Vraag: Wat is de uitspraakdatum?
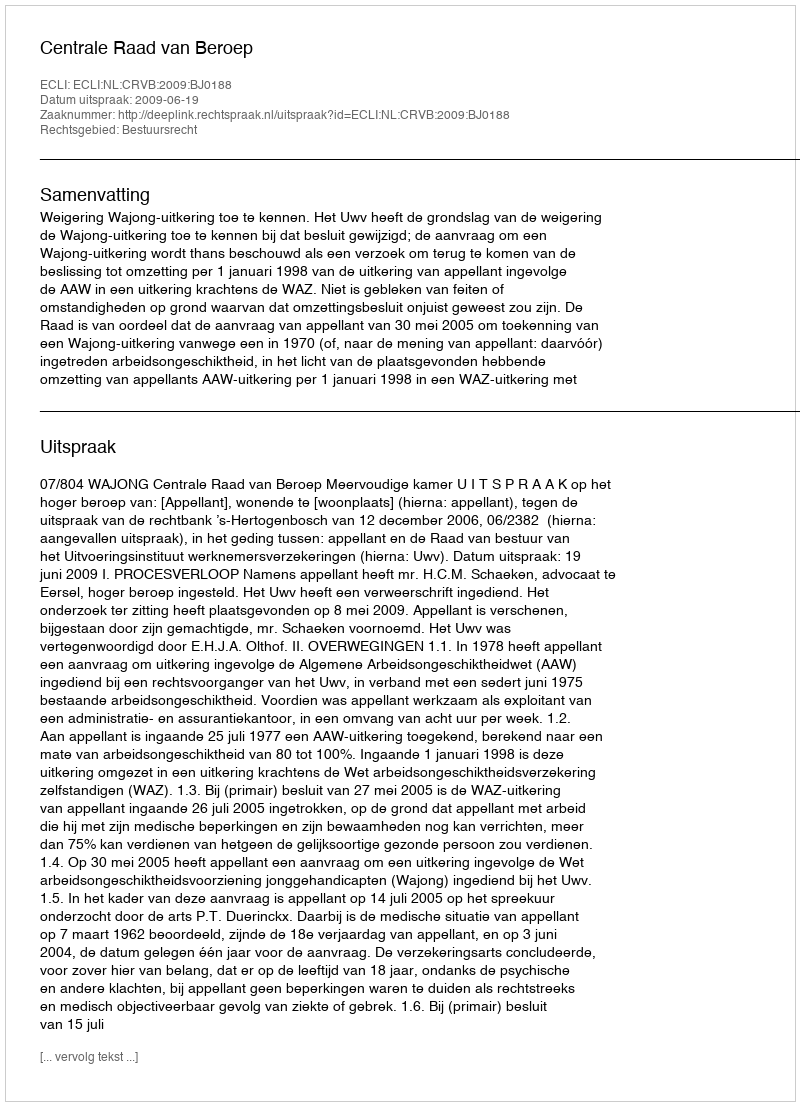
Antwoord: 2009-06-19